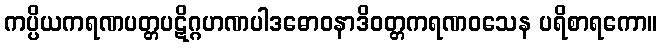
ကပ္ပိယကရဏပတ္တပဋိဂ္ဂဟဏပါဒဓောဝနာဒိဝတ္တကရဏဝသေန ပရိစာရကော။